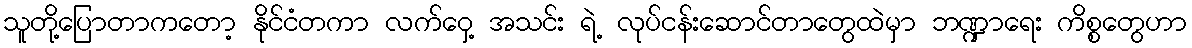
သူတို့ပြောတာကတော့ နိုင်ငံတကာ လက်ဝှေ့ အသင်း ရဲ့ လုပ်ငန်းဆောင်တာတွေထဲမှာ ဘဏ္ဍာရေး ကိစ္စတွေဟာ